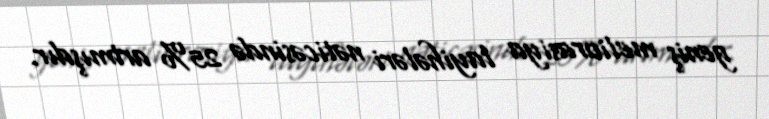
geniş meliorasiya layihələri nəticəsində 25% artmışdır.